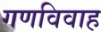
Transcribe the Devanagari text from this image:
गणविवाह